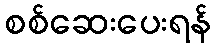
စစ်ဆေးပေးရန်